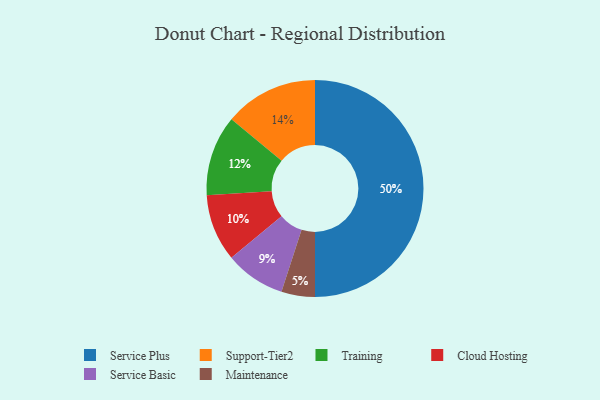
{"axis": {"x": "Category", "y": "Percentage"}, "legend": ["Cloud Hosting", "Maintenance", "Service Basic", "Service Plus", "Support-Tier2", "Training"], "data": [{"x": "Service Plus", "y": 50, "type": "Service Plus"}, {"x": "Training", "y": 12, "type": "Training"}, {"x": "Service Basic", "y": 9, "type": "Service Basic"}, {"x": "Maintenance", "y": 5, "type": "Maintenance"}, {"x": "Support-Tier2", "y": 14, "type": "Support-Tier2"}, {"x": "Cloud Hosting", "y": 10, "type": "Cloud Hosting"}]}